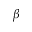
\beta